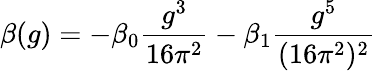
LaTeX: \beta(g)=-\beta_{0}{\frac{g^{3}}{16\pi^{2}}}-\beta_{1}{\frac{g^{5}}{(16\pi^{2})^{2}}}